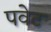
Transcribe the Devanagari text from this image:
पवेट